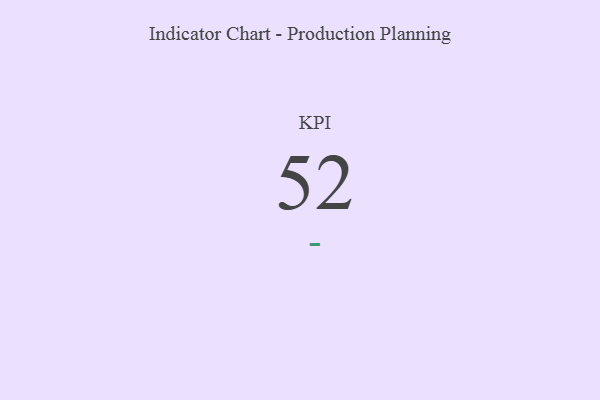
{"axis": {"x": "KPI", "y": "Value"}, "legend": [""], "data": [{"x": "KPI", "y": 52, "type": ""}]}